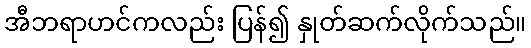
အီဘရာဟင်ကလည်း ပြန်၍ နှုတ်ဆက်လိုက်သည်။